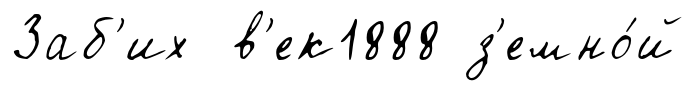
Заб'их в'ек1888 з'емно́й